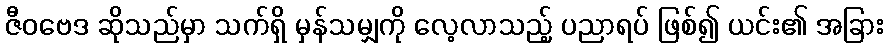
ဇီဝဗေဒ ဆိုသည်မှာ သက်ရှိ မှန်သမျှကို လေ့လာသည့် ပညာရပ် ဖြစ်၍ ယင်း၏ အခြား